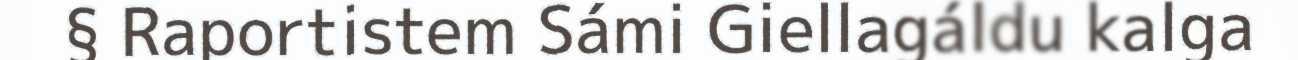
§ Raportistem Sámi Giellagáldu kalga